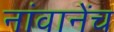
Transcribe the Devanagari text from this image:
नांवानेंच